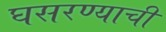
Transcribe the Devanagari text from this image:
घसरण्याची